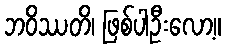
ဘဝိဿတိ၊ ဖြစ်ပါဦးလော့။